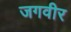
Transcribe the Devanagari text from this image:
जगवीर